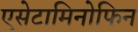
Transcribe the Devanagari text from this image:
एसेटामिनोफिन